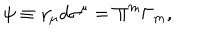
\psi \equiv \gamma _ { \mu } d \sigma ^ { \mu } = \Pi ^ { m } \Gamma _ { m } ,